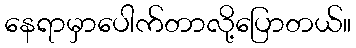
နေရာမှာပေါက်တာလို့ပြောတယ်။